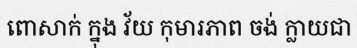
ពោសាក់ ក្នុង វ័យ កុមារភាព ចង់ ក្លាយជា